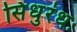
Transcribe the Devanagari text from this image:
सिंधुरंधः